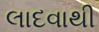
લાદવાથી